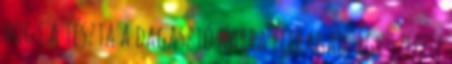
hogy a tészta a dagasztó karra felragad. Így szépen